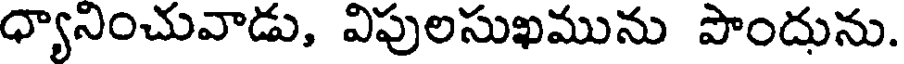
ధ్యానించువాడు, విపులసుఖమును పొందును.